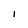
Character: I